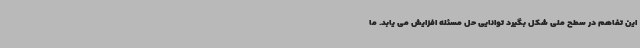
این تفاهم در سطح ملی شکل بگیرد توانایی حل مسئله افزایش می یابد. ما